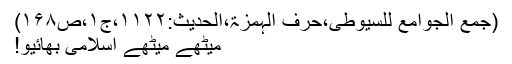
(جمع الجوامع للسیوطی،حرف الہمزۃ،الحدیث:۱۱۲۲،ج۱،ص۱۶۸)
میٹھے میٹھے اسلامی بھائیو!